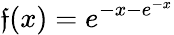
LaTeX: \mathfrak{f}(x)=e^{-x-e^{-x}}